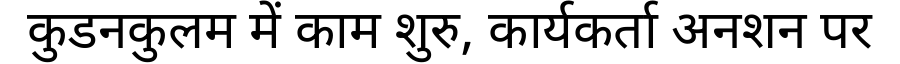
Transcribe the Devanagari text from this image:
कुडनकुलम में काम शुरु, कार्यकर्ता अनशन पर